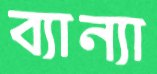
ব্যান্যা